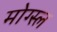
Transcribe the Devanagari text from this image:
मोग्स्ल